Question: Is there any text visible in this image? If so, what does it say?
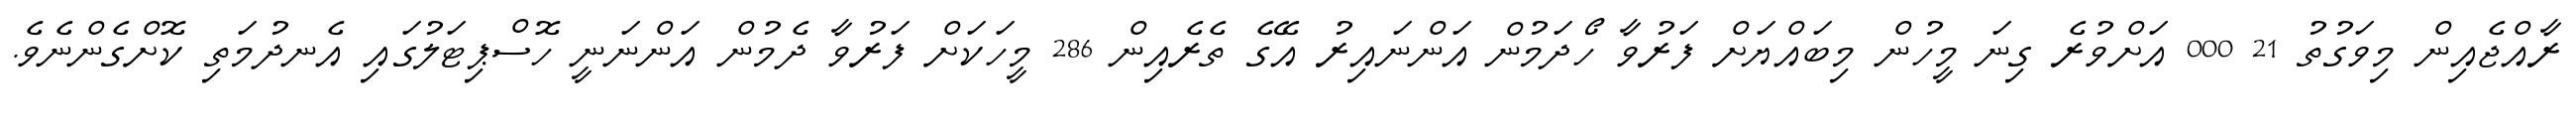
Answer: ރާއްޖެއިން މިވަގުތު 21 000 އަށްވުރެ ގިނަ މީހުން މިބައްޔަށް ފަރުވާ ހޯދަމުން އަންނައިރު އޭގެ ތެރެއިން 286 މީހަކަށް ފަރުވާ ދެމުން އަންނަނީ ހޮސްޕިޓަލުގައި އެނދުމަތި ކޮށްގެންނެވެ.